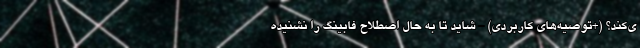
ی‌کند؟ (+توصیه‌های کاربردی) - شاید تا به حال اصطلاح فابینگ را نشنیده